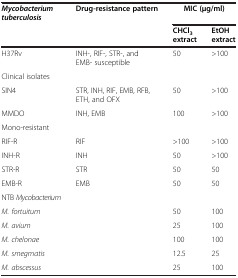
| Mycobacterium tuberculosis | Drug-resistance pattern | <COLSPAN=2> MIC (μg/ml) |
 |  |  | CHCl3extract | EtOH extract |
 | --- | --- | --- | --- |
 | H37Rv | INH-, RIF-, STR-, and EMB- susceptible | 50 | >100 |
 | Clinical isolates |  |  |  |
 | SIN4 | STR, INH, RIF, EMB, RFB, ETH, and OFX | 50 | >100 |
 | MMDO | INH, EMB | 100 | >100 |
 | Mono-resistant |  |  |  |
 | RIF-R | RIF | >100 | >100 |
 | INH-R | INH | 50 | >100 |
 | STR-R | STR | 50 | 50 |
 | EMB-R | EMB | 50 | 50 |
 | NTB Mycobacterium |  |  |  |
 | M. fortuitum |  | 50 | 100 |
 | M. avium |  | 25 | 100 |
 | M. chelonae |  | 100 | 100 |
 | M. smegmatis |  | 12.5 | 25 |
 | M. abscessus |  | 25 | 100 |